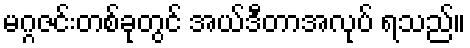
မဂ္ဂဇင်းတစ်ခုတွင် အယ်ဒီတာအလုပ် ရသည်။